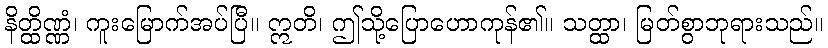
နိတ္ထိဏ္ဏံ၊ ကူးမြောက်အပ်ပြီ။ ဣတိ၊ ဤသို့ပြောဟောကုန်၏။ သတ္ထာ၊ မြတ်စွာဘုရားသည်။